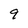
Character: 9